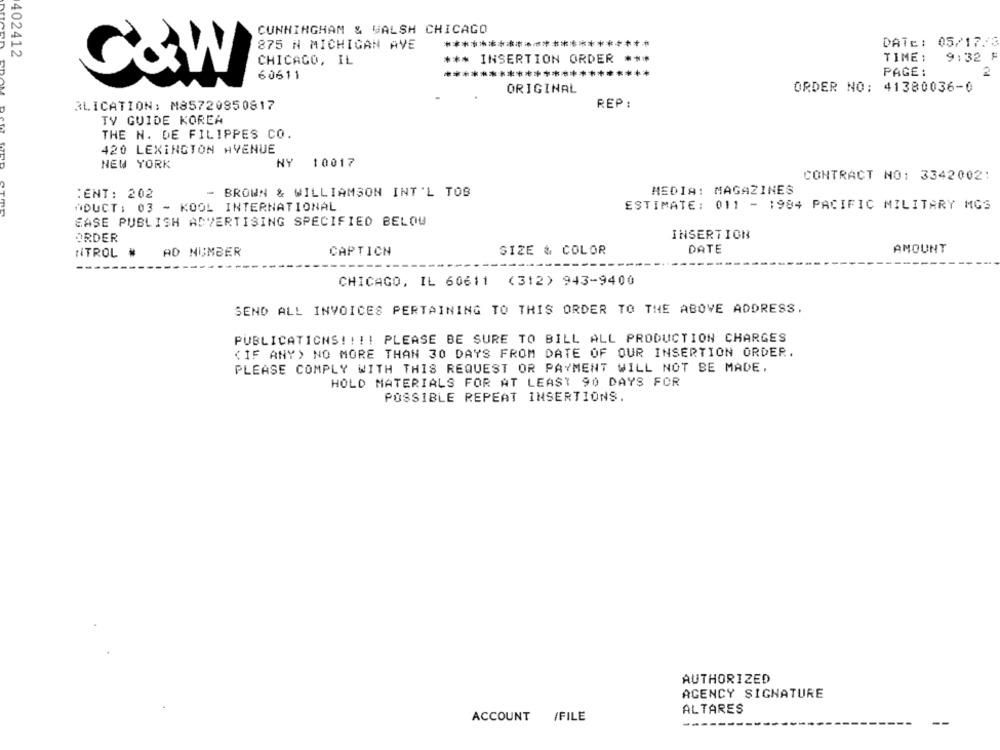
CUNNINGHAM & VALSH CHICAGO
875 N MICHIGAN AVE
***********************
DATE: 05/17.3
402412
CHICAGO, IL
*** INSERTION ORDER
***
TIME :
9:32 F
60611
PAGE :
C&W
ORIGINAL
ORDER NO: 41380036-0
EDAM
REP :
3LICATION: M85720850817
TV GUIDE KOREA
THE N. DE FILIPPES CO.
420 LEXINGTON AVENUE
NEW YORK
NY
10017
CONTRACT NO: 3342002:
:ENT: 202
- BROWN & WILLIAMSON INT'L TOB
MEDIA: MAGAZINES
"DUCT : 03 - KOOL INTERNATIONAL
ESTIMATE: 011 - 1984 PACIFIC MILITARY MGS
EASE PUBLISH ADVERTISING SPECIFIED BELOW
ORDER
INSERTION
NTROL
AD NUMBER
CAPTICN
SIZE & COLOR
DATE
AMOUNT
CHICAGO, IL 60611 (312) 943-9400
SEND ALL INVOICES PERTAINING TO THIS ORDER TO THE ABOVE ADDRESS.
PUBLICATIONS !!!! PLEASE BE SURE TO BILL ALL PRODUCTION CHARGES
(IF ANY) NO MORE THAN 30 DAYS FROM DATE OF OUR INSERTION ORDER.
PLEASE COMPLY WITH THIS REQUEST OR PAYMENT WILL NOT BE MADE,
HOLD MATERIALS FOR AT LEAST 90 DAYS FOR
POSSIBLE REPEAT INSERTIONS.
AUTHORIZED
AGENCY SIGNATURE
ALTARES
ACCOUNT
/FILE